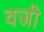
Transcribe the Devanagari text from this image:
वजी